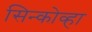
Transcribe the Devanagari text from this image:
सिन्कोव्हा